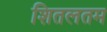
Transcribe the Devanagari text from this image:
शितलतम